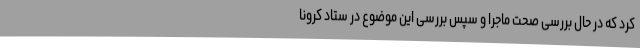
کرد که در حال بررسی صحت ماجرا و سپس بررسی این موضوع در ستاد کرونا